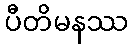
ပီတိမနဿ